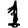
Digit: 1